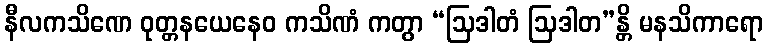
နီလကသိဏေ ဝုတ္တနယေနေဝ ကသိဏံ ကတွာ “ဩဒါတံ ဩဒါတ”န္တိ မနသိကာရော